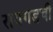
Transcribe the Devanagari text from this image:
रायगडची